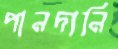
পানদানি